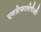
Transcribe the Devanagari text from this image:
एनसेफालोपैथी